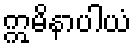
ဣမိနာပါယံ